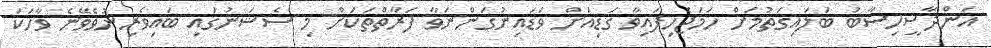
އަންދާސީހިސާބު ބަލައިގަތުމަށް ހަމަޖެހިފައިވާ ގަޑިއަށް ވަޑައިނުގަންނަވާ ފަރާތްތަކަށް މި ސެޝަނުގައި ބައިވެރިނުވެވޭނެ ވާހަކަ